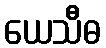
ယေသီဓ